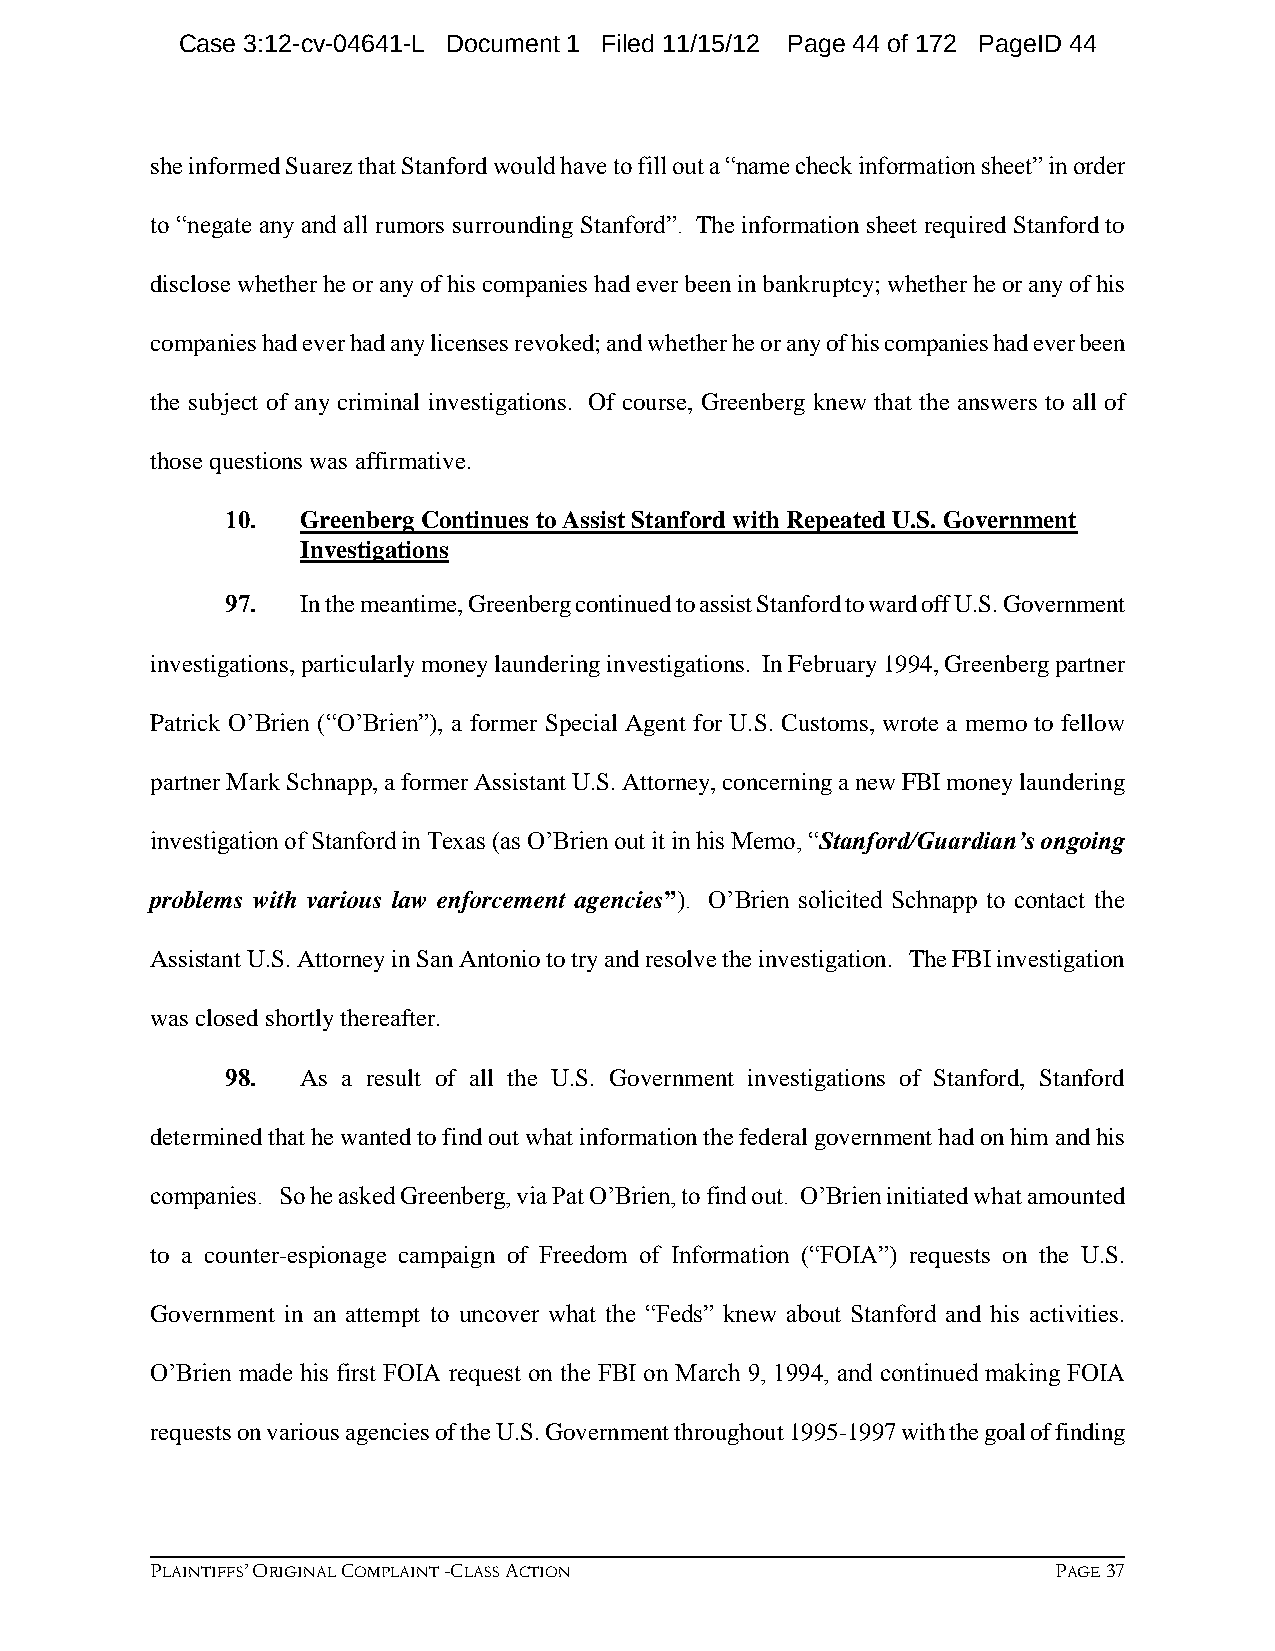
Case 3:12-cv-04641-L Document 1 Filed 11/15/12 Page 44 of 172 PageID 44
 she informed Suarez that Stanford would have to fill out a “name check information sheet” in order
 to “negate any and all rumors surrounding Stanford”. The information sheet required Stanford to
 disclose whether he or any of his companies had ever been in bankruptcy; whether he or any of his
 companies had ever had any licenses revoked; and whether he or any of his companies had ever been
 the subject of any criminal investigations. Of course, Greenberg knew that the answers to all of
 those questions was affirmative.
 10.  Greenberg Continues to Assist Stanford with Repeated U.S. Government
 Investigations
 97.  In the meantime, Greenberg continued to assist Stanford to ward off U.S. Government
 investigations, particularly money laundering investigations. In February 1994, Greenberg partner
 Patrick O’Brien (“O’Brien”), a former Special Agent for U.S. Customs, wrote a memo to fellow
 partner Mark Schnapp, a former Assistant U.S. Attorney, concerning a new FBI money laundering
 investigation of Stanford in Texas (as O’Brien out it in his Memo, “Stanford/Guardian’s ongoing
 problems with various law enforcement agencies”). O’Brien solicited Schnapp to contact the
 Assistant U.S. Attorney in San Antonio to try and resolve the investigation. The FBI investigation
 was closed shortly thereafter.
 98.  As a result of all the U.S. Government investigations of Stanford, Stanford
 determined that he wanted to find out what information the federal government had on him and his
 companies. So he asked Greenberg, via Pat O’Brien, to find out. O’Brien initiated what amounted
 to a counter-espionage campaign of Freedom of Information (“FOIA”) requests on the U.S.
 Government in an attempt to uncover what the “Feds” knew about Stanford and his activities.
 O’Brien made his first FOIA request on the FBI on March 9, 1994, and continued making FOIA
 requests on various agencies of the U.S. Government throughout 1995-1997 with the goal of finding
 PLAINTIFFS’ ORIGINAL COMPLAINT -CLASS ACTION                PAGE 37